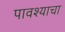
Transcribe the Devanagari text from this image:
पावश्याचा